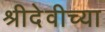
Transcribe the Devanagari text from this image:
श्रीदेवीच्या